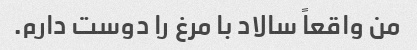
من واقعاً سالاد با مرغ را دوست دارم.